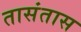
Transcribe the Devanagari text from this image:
तासंतास